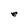
Character: e